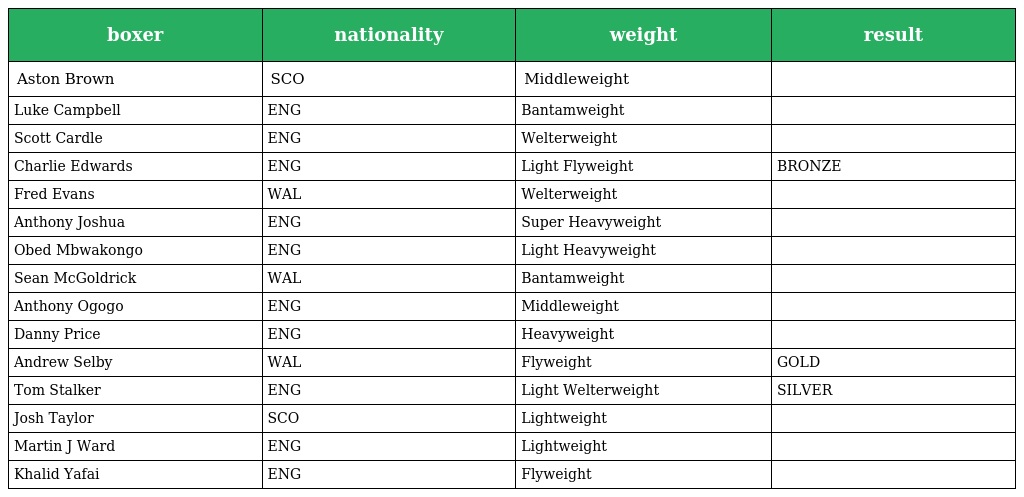
| boxer | nationality | weight | result |
 | --- | --- | --- | --- |
 | Aston Brown | SCO | Middleweight |  |
 | Luke Campbell | ENG | Bantamweight |  |
 | Scott Cardle | ENG | Welterweight |  |
 | Charlie Edwards | ENG | Light Flyweight | BRONZE |
 | Fred Evans | WAL | Welterweight |  |
 | Anthony Joshua | ENG | Super Heavyweight |  |
 | Obed Mbwakongo | ENG | Light Heavyweight |  |
 | Sean McGoldrick | WAL | Bantamweight |  |
 | Anthony Ogogo | ENG | Middleweight |  |
 | Danny Price | ENG | Heavyweight |  |
 | Andrew Selby | WAL | Flyweight | GOLD |
 | Tom Stalker | ENG | Light Welterweight | SILVER |
 | Josh Taylor | SCO | Lightweight |  |
 | Martin J Ward | ENG | Lightweight |  |
 | Khalid Yafai | ENG | Flyweight |  |